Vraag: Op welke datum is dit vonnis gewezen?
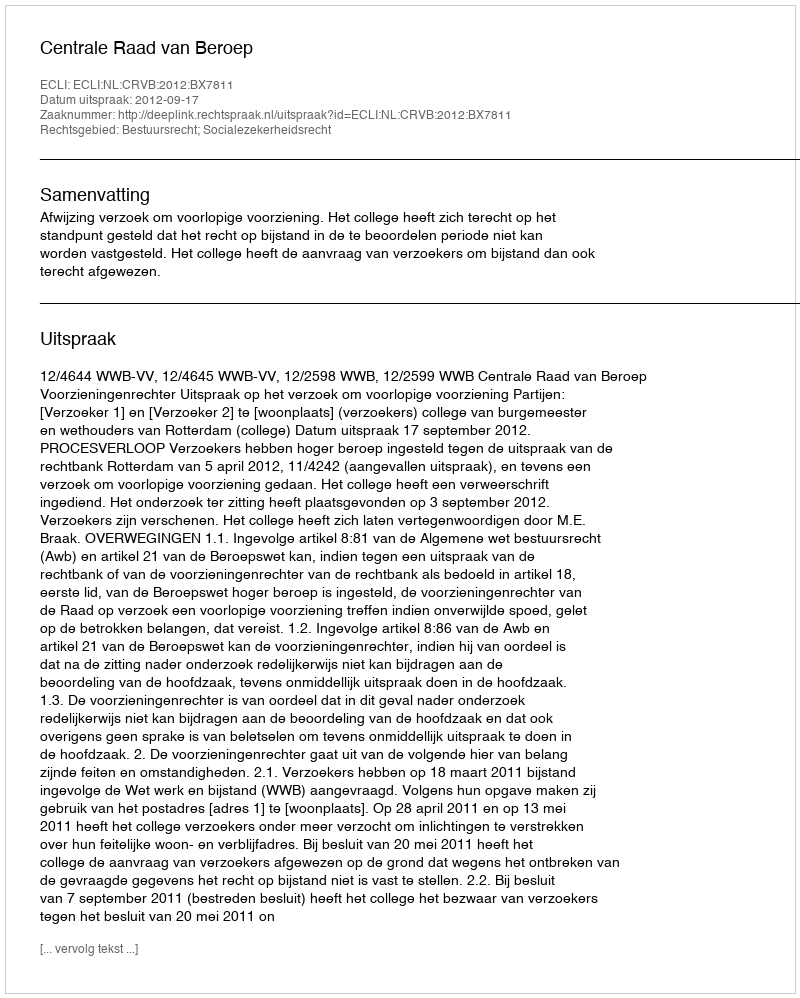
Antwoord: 2012-09-17